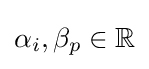
\alpha _{i},\beta _{p}\in \mathbb {R}